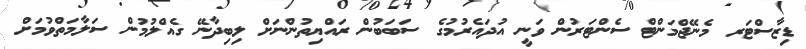
ޑިޒާސްޓަރ މެނޭޖްމަންޓް ސެންޓަރުން ވަނީ އުދައެރުމުގެ ސަބަބުން ރައްޔިތުންނަށް ލިބިދާނޭ ގެއްލުމުން ސަލާމަތްވުމަށް